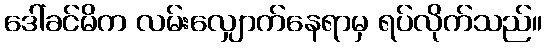
ဒေါ်ခင်မိက လမ်းလျှောက်နေရာမှ ရပ်လိုက်သည်။